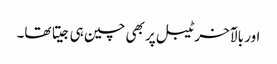
اور بالآخر ٹیبل پر بھی چین ہی جیتا تھا۔